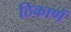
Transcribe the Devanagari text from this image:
ठिकाणें